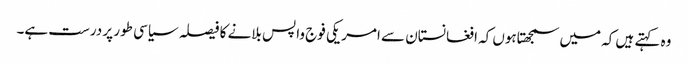
وہ کہتے ہیں کہ میں سمجھتاہوں کہ افغانستان سے امریکی فوج واپس بلانے کا فیصلہ سیاسی طور پر درست ہے۔